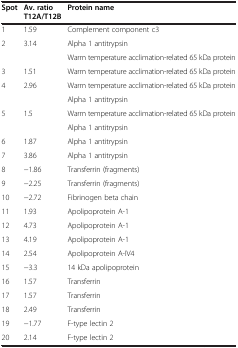
<table><thead><tr><td><b>Spot</b></td><td><b>Av. ratio T12A/T12B</b></td><td><b>Protein name</b></td></tr></thead><tbody><tr><td>1</td><td>1.59</td><td>Complement component c3</td></tr><tr><td>2</td><td>3.14</td><td>Alpha 1 antitrypsin</td></tr><tr><td></td><td></td><td>Warm temperature acclimation-related 65 kDa protein</td></tr><tr><td>3</td><td>1.51</td><td>Warm temperature acclimation-related 65 kDa protein</td></tr><tr><td>4</td><td>2.96</td><td>Warm temperature acclimation-related 65 kDa protein</td></tr><tr><td></td><td></td><td>Alpha 1 antitrypsin</td></tr><tr><td>5</td><td>1.5</td><td>Warm temperature acclimation-related 65 kDa protein</td></tr><tr><td></td><td></td><td>Alpha 1 antitrypsin</td></tr><tr><td>6</td><td>1.87</td><td>Alpha 1 antitrypsin</td></tr><tr><td>7</td><td>3.86</td><td>Alpha 1 antitrypsin</td></tr><tr><td>8</td><td>−1.86</td><td>Transferrin (fragments)</td></tr><tr><td>9</td><td>−2.25</td><td>Transferrin (fragments)</td></tr><tr><td>10</td><td>−2.72</td><td>Fibrinogen beta chain</td></tr><tr><td>11</td><td>1.93</td><td>Apolipoprotein A-1</td></tr><tr><td>12</td><td>4.73</td><td>Apolipoprotein A-1</td></tr><tr><td>13</td><td>4.19</td><td>Apolipoprotein A-1</td></tr><tr><td>14</td><td>2.54</td><td>Apolipoprotein A-IV4</td></tr><tr><td>15</td><td>−3.3</td><td>14 kDa apolipoprotein</td></tr><tr><td>16</td><td>1.57</td><td>Transferrin</td></tr><tr><td>17</td><td>1.57</td><td>Transferrin</td></tr><tr><td>18</td><td>2.49</td><td>Transferrin</td></tr><tr><td>19</td><td>−1.77</td><td>F-type lectin 2</td></tr><tr><td>20</td><td>2.14</td><td>F-type lectin 2</td></tr></tbody></table>